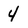
Character: 4